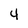
Character: 4